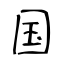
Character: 国